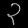
Digit: ၃